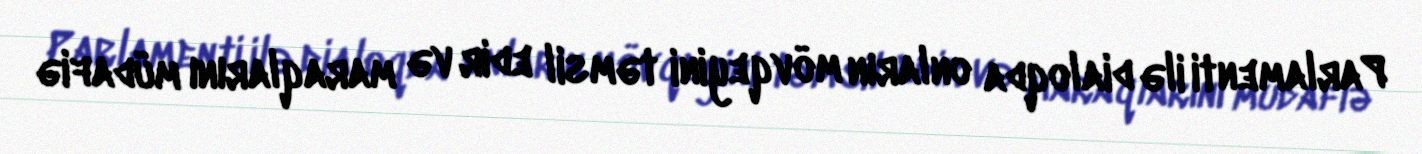
Parlamenti ilə dialoqda onların mövqeyini təmsil edir və maraqlarını müdafiə